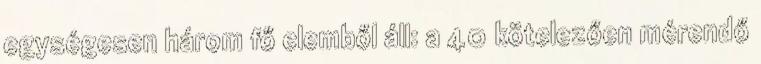
egységesen három fő elemből áll: a 40 kötelezően mérendő